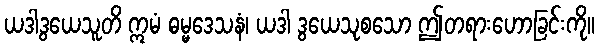
ယဒါဒွယေသူတိ ဣမံ ဓမ္မဒေသနံ၊ ယဒါ ဒွယေသုစသော ဤတရားဟောခြင်းကို။